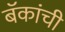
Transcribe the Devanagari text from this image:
बॅकांची